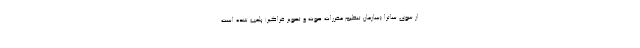
از سوی ساترا (سازمان تنظیم مقررات صوت و تصویر فراگیر) پلمب شده است